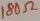
Text: 180Ω